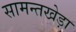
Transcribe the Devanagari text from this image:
सामन्तखेड़ा